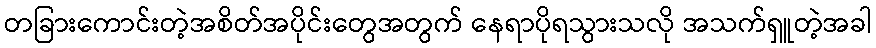
တခြားကောင်းတဲ့အစိတ်အပိုင်းတွေအတွက် နေရာပိုရသွားသလို အသက်ရှူတဲ့အခါ